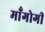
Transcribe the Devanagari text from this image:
माँगोगी